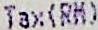
TAX(RM)